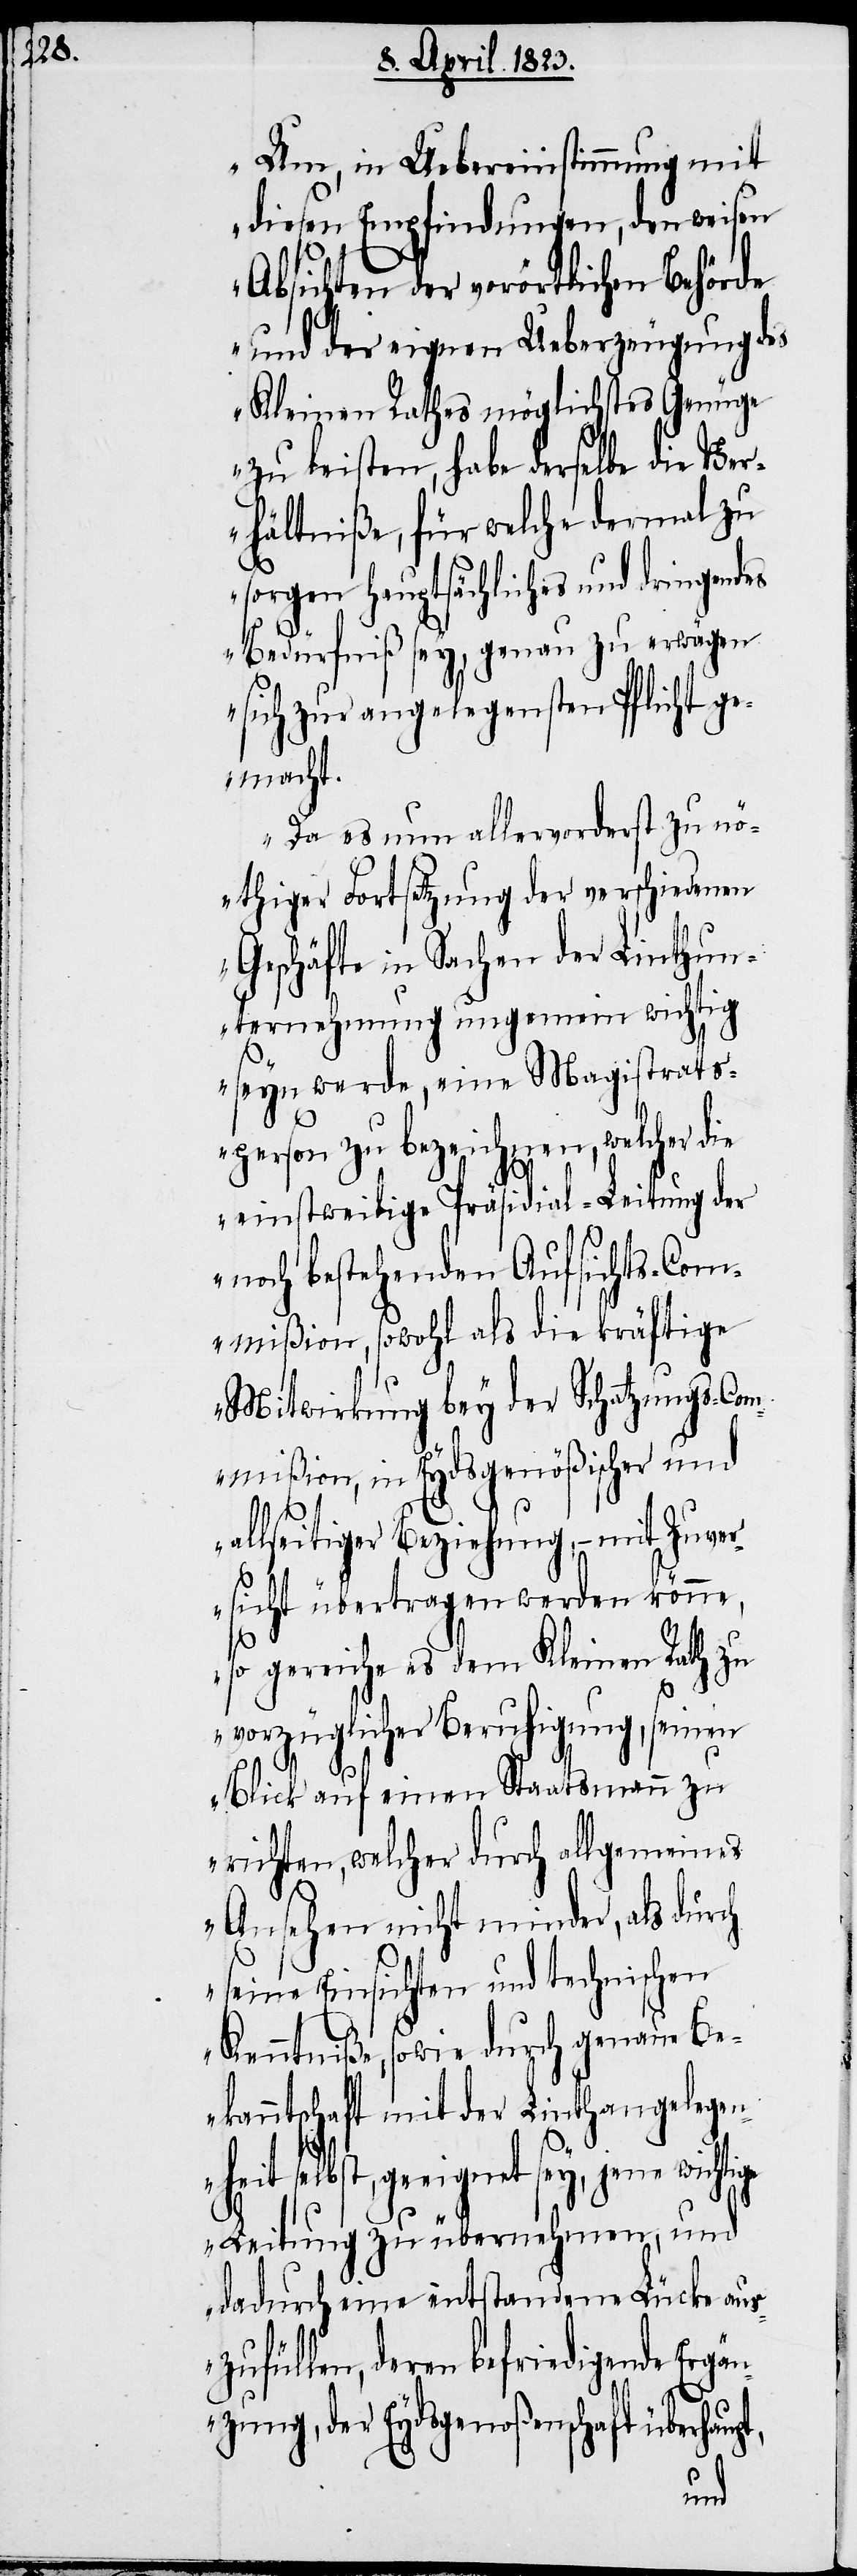
Um, in Uebereinstimmung mit
diesen Empfindungen, den weisen
Absichten der vorörtlichen Behörde
und der eignen Ueberzeugung des
Kleinen Rathes möglichstes Genüge
zu leisten, habe derselbe die Ver¬
hältniße, für welche dermal zu
sorgen hauptsächliches und dringendes
Bedürfniß sey, genau zu erwägen
sich zur angelegensten Pflicht ge¬
macht.
Da es nun allervorderst zu nö¬
thiger Fortsetzung der verschiedenen
Geschäfte in Sachen der Linthun¬
ternehmung ungemein wichtig
seyn werde, eine Magistrats¬
person zu bezeichnen, welcher d¬
ie einstweilige Präsidial-Leitung der
noch bestehenden Aufsichts-Com¬
mißion, sowohl als die kräftige
Mitwirkung bey der Schatzungs-C¬
ommißion, in Eydsgenößischer und
allseitiger Beziehung, – mit Zuver¬
sicht übertragen werden könne,
so gereiche es dem Kleinen Rath zu
vorzüglicher Beruhigung, seinen
Blick auf einen Staatsmann zu
richten, welcher durch allgemeines
Ansehen nicht minder, als durch
seine Einsichten und technischen
Kenntniße, sowie durch genaue Be¬
kanntschaft mit der Linthangelegen¬
selbst, geeignet sey, jene wichti¬
ge Leitung zu übernehmen, und
dadurch eine entstandene Lücke aus¬
zufüllen, deren befriedigende Ergän¬
zung, der Eydsgenoßenschaft überha¬
upt,